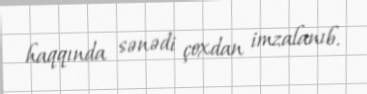
haqqında sənədi çoxdan imzalanıb.